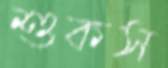
শুকস